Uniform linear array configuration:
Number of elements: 32
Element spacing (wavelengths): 0.25
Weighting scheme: hann
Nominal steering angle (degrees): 45
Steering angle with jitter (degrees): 46.13
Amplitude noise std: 0.05
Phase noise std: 0.05

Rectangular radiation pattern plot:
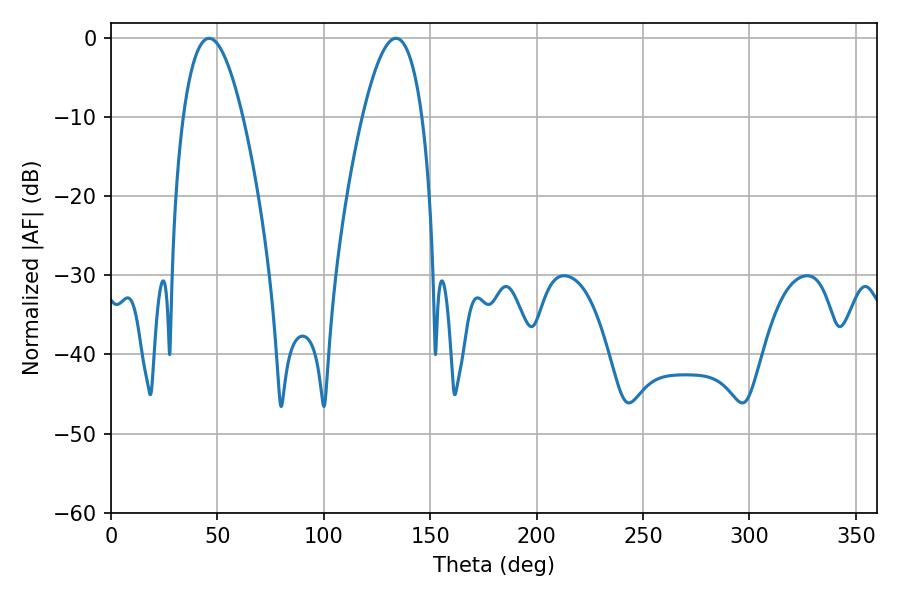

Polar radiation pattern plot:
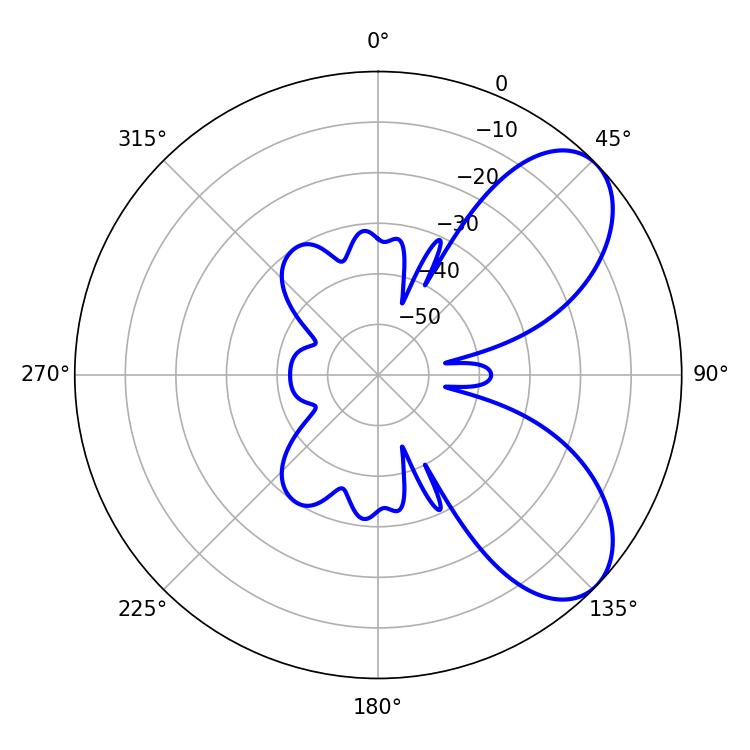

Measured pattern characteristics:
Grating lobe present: FALSE
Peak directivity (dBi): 6.781
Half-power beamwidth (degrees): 15.48
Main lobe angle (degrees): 133.92